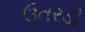
ઉતરડી